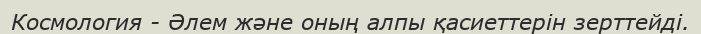
Космология - Әлем және оның алпы қасиеттерін зерттейді.